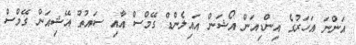
އަންނަ އަހަރުގެ އިންޑިއަން އޯޝަން އައިލެންޑް ގޭމްސް އާއި ސައުތު އޭޝިއަން ގޭމްސް